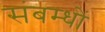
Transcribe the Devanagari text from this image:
संबम्धों